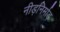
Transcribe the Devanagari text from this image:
नीड़निर्माड़